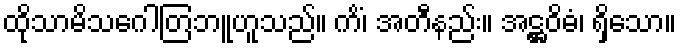
ထိုသာမိသဂေါတြဘူဟူသည်။ ကိံ၊ အတီနည်း။ အဋ္ဌဝိဓံ၊ ရှိသော။